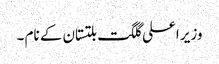
وزیر اعلی گلگت بلتستان کے نام ۔